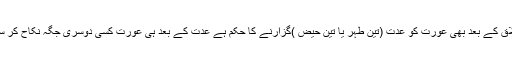
تیسری طلاق کے بعد بھی عورت کو عدت (تین طہر یا تین حیض )گزارنے کا حکم ہے عدت کے بعد ہی عورت کسی دوسری جگہ نکاح کر سکتی ہے ۔